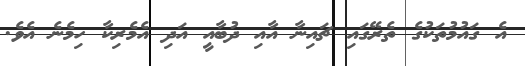
އެ ގައުމުތަކުގެ ތެރޭގައި ޗައިނާ އާއި ދުބާއީ އަދި އެމެރިކާ ހިމެނެ އެވެ.